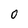
Character: O